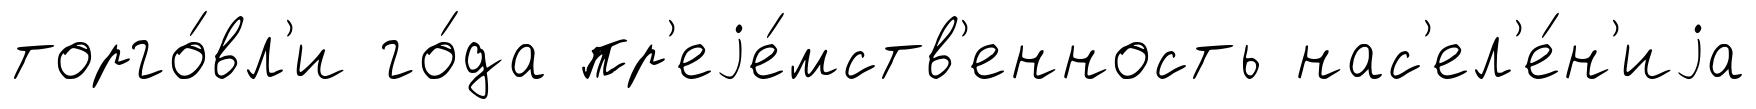
торго́вл'и го́да пр'еjе́мств'енность нас'ел'е́н'иjа